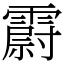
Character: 霨